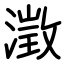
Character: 澂